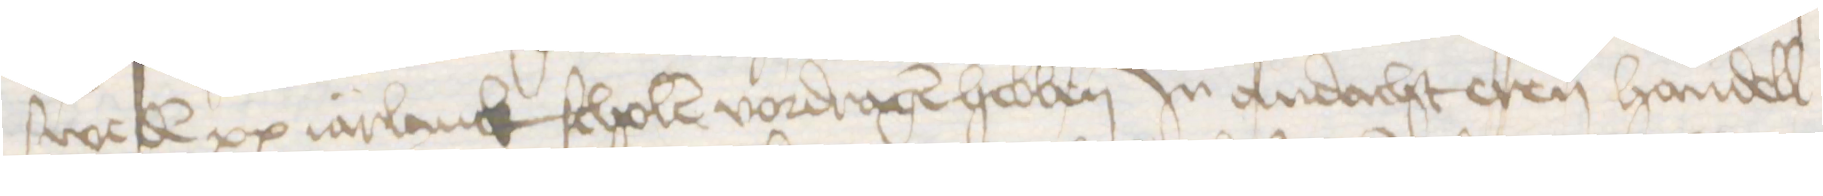
sweden xx iarlanck scholen vordragen hebben Jn andacht eren handell